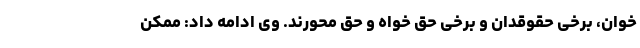
خوان، برخی حقوقدان و برخی حق خواه و حق محورند. وی ادامه داد: ممکن